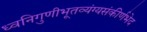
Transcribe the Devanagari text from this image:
ध्वनिगुणीभूतव्यंग्यसंकीर्णभेद